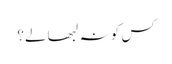
کس کو نہ لبھا لے؟